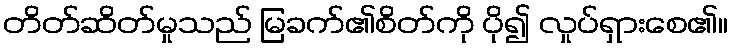
တိတ်ဆိတ်မှုသည် မြခက်၏စိတ်ကို ပို၍ လှုပ်ရှားစေ၏။